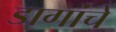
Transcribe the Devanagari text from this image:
डागांचे